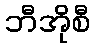
ဘီအိုစီ